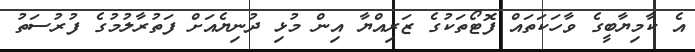
އެ ކާމިޔާބީގެ ވާހަަކަތައް ފޮޓޯތަކުގެ ޒަރިއްޔާ އިން މުޅި ދުނިޔެއަށް ފަތުރާލުމުގެ ފުރުސަތު